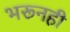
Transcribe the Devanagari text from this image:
भरूनही